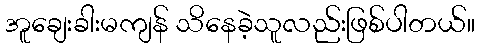
အူချေးခါးမကျန် သိနေခဲ့သူလည်းဖြစ်ပါတယ်။